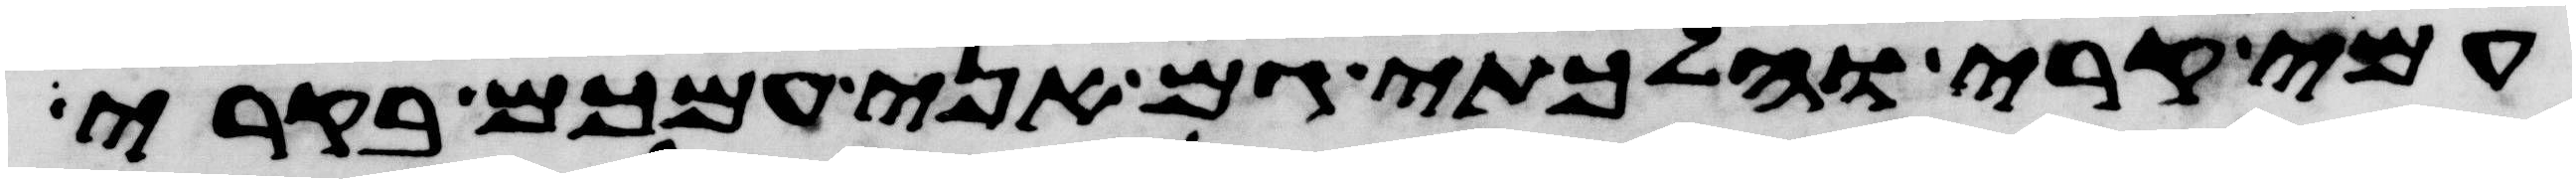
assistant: עמי קרי והלכתי גם אני עמכם בקרי